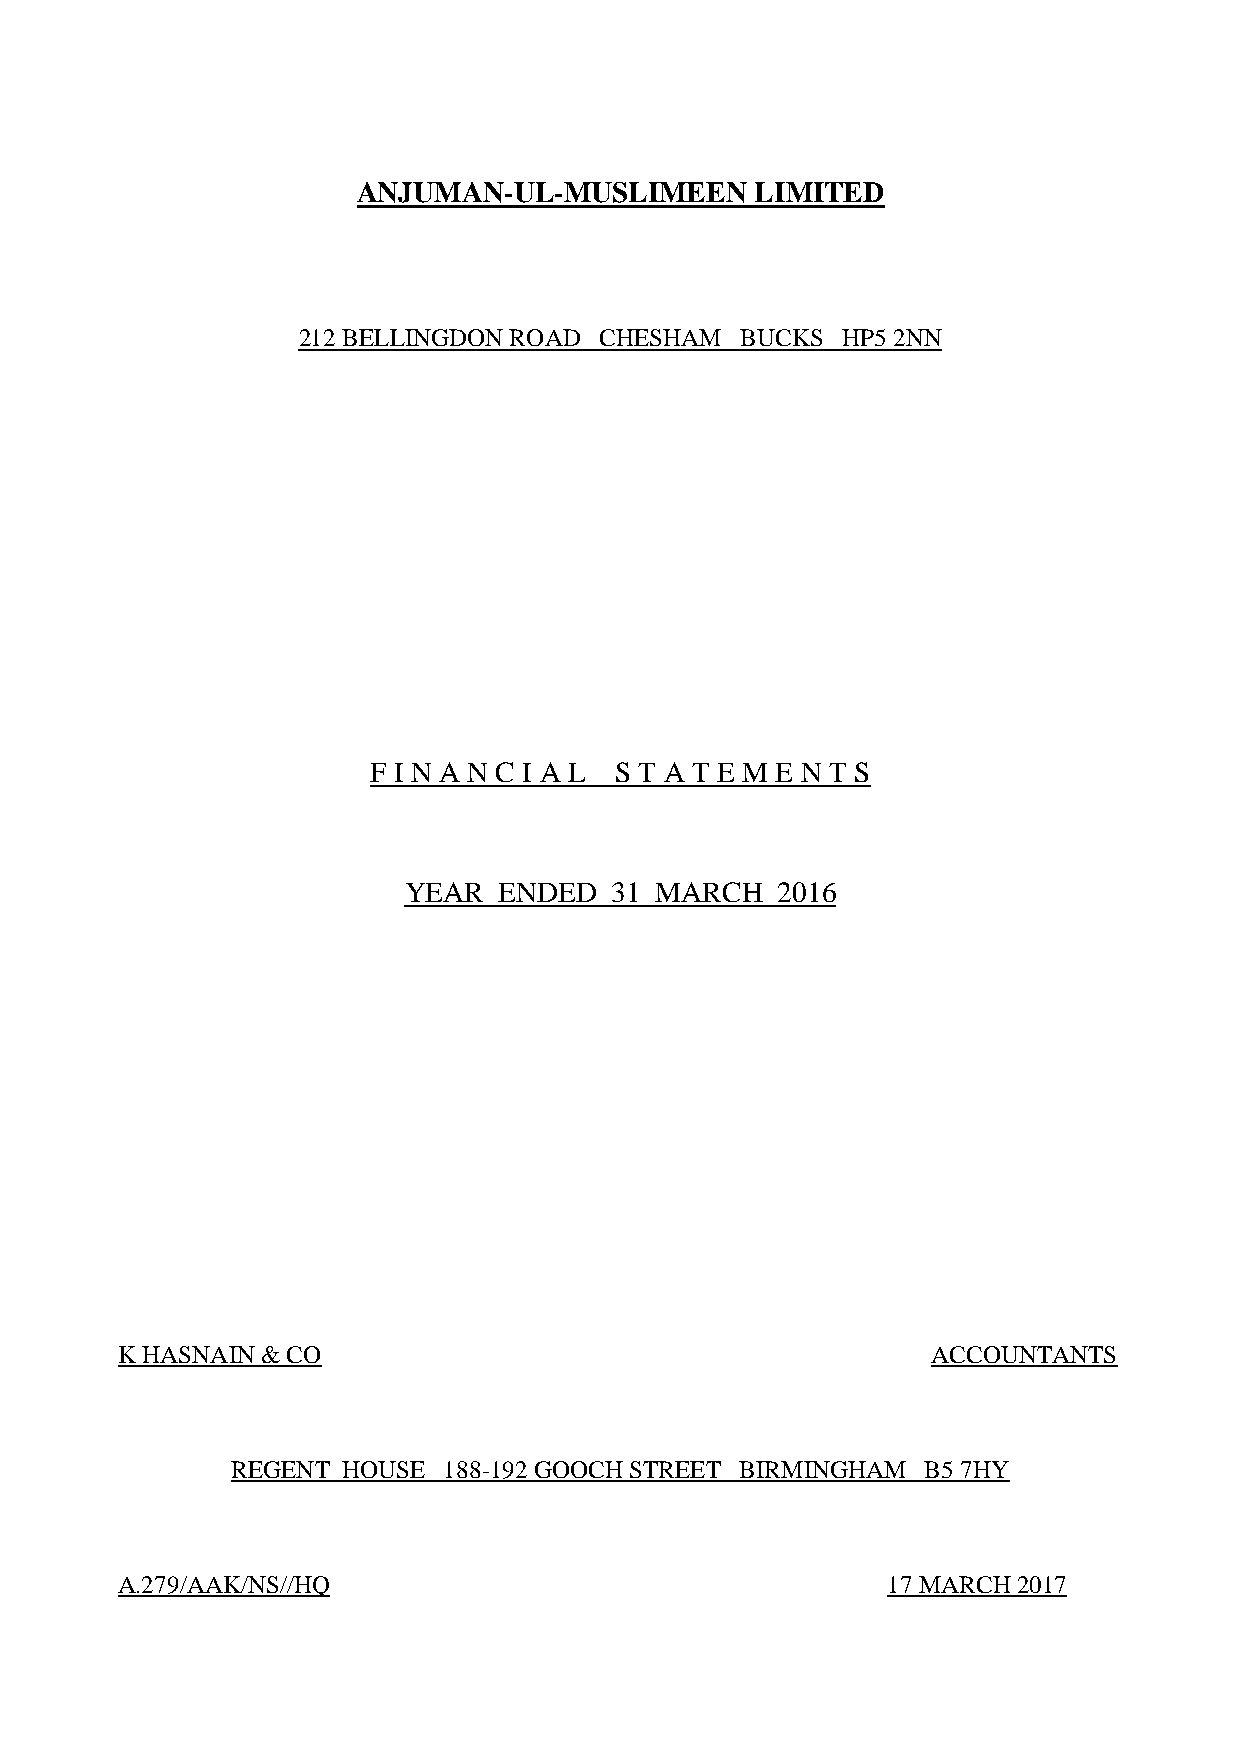
ANJUMAN-UL-MUSLIMEEN      LIMITED
 212 BELLINGDON ROAD CHESHAM  BUCKS  HP5 2NN
 F I N A N C I A L S T A T E M E N T S
 YEAR  ENDED  31 MARCH   2016
 K HASNAIN & CO                                        ACCOUNTANTS
 REGENT  HOUSE 188-192 GOOCH STREET BIRMINGHAM B5 7HY
 A.279/AAK/NS//HQ                                   17 MARCH 2017